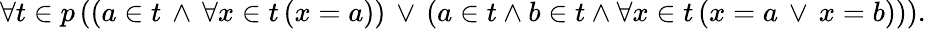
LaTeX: \forall t\in p\, ((a\in t\, \land\, \forall x\in t\, (x=a))\, \lor\, (a\in t\land b\in t\land\forall x\in t\, (x=a\, \lor\, x=b))).